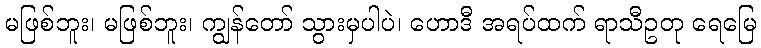
မဖြစ်ဘူး၊ မဖြစ်ဘူး၊ ကျွန်တော် သွားမှပါပဲ၊ ဟောဒီ အရပ်ထက် ရာသီဥတု ရေမြေ